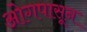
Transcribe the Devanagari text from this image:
ओगपासून